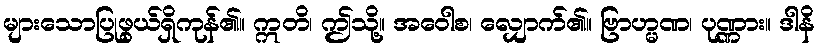
များသောပြုဖွယ်ရှိကုန်၏။ ဣတိ၊ ဤသို့။ အဝေါစ၊ လျှောက်၏။ ဗြာဟ္မဏ၊ ပုဏ္ဏား။ ဒါနိ